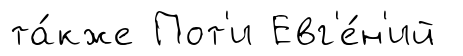
та́кже Пот'и Евг'е́н'ий